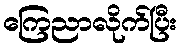
ကြေညာလိုက်ပြီး